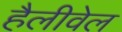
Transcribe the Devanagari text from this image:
हैलीवेल